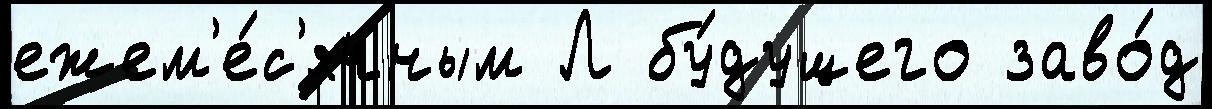
ежем'е́с'ячным Л бу́дущего заво́д